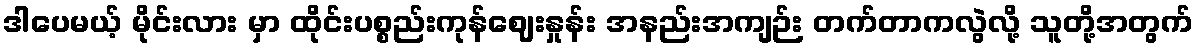
ဒါပေမယ့် မိုင်းလား မှာ ထိုင်းပစ္စည်းကုန်ဈေးနှုန်း အနည်းအကျဉ်း တက်တာကလွဲလို့ သူတို့အတွက်